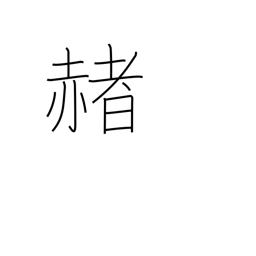
Meaning: red